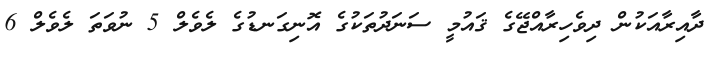
ދާއިރާއަކުން ދިވެހިރާއްޖޭގެ ޤައުމީ ސަނަދުތަކުގެ އޮނިގަނޑުގެ ލެވެލް 5 ނުވަތަ ލެވެލް 6